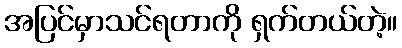
အပြင်မှာသင်ရတာကို ရှက်တယ်တဲ့။